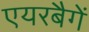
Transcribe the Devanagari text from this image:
एयरबैगें